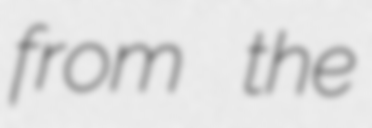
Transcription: from the